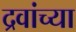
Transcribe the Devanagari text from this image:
द्रवांच्या